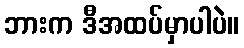
ဘားက ဒီအထပ်မှာပါပဲ။